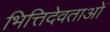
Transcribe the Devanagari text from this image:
भित्तिदेवताओं